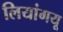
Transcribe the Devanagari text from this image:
लियांगयू